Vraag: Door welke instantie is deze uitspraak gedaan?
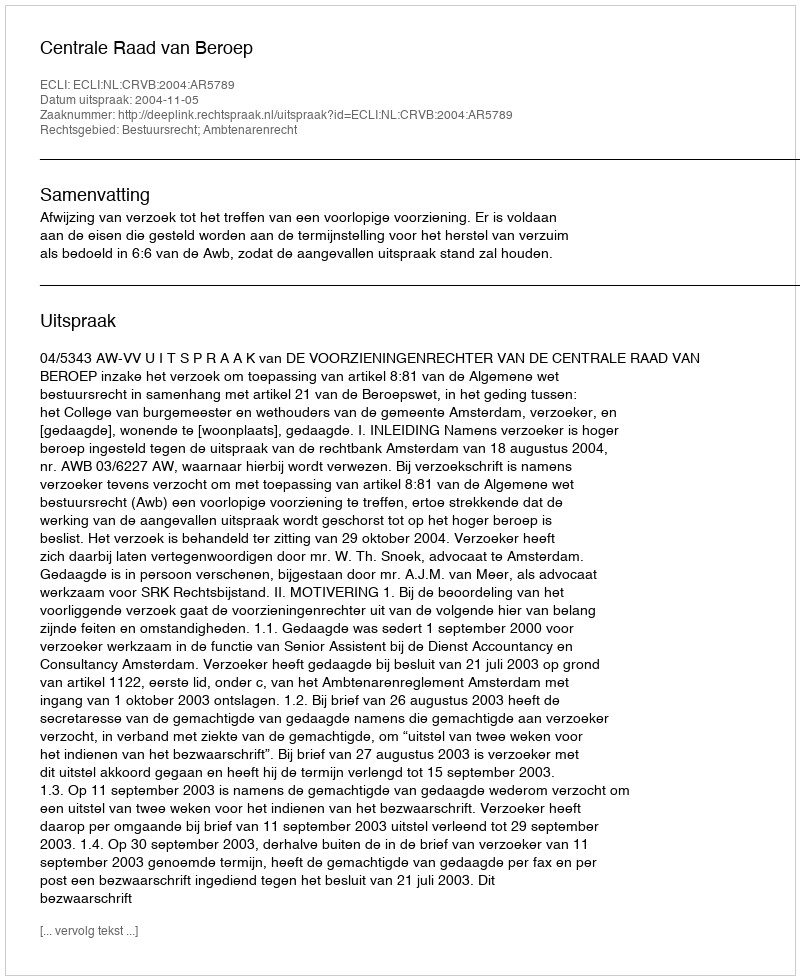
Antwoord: Centrale Raad van Beroep